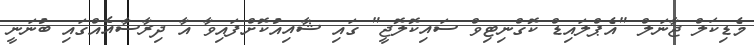
މެޑިކަލް ޖާނަލް "އެޕްލައިޑް ކޮގްނިޓިވް ސައިކޮލޮޖީ" ގައި ޝާއިއުކޮށްފައިވާ އާ ދިރާސާއެއްގައި ބުނަނީ